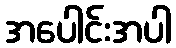
အပေါင်းအပါ